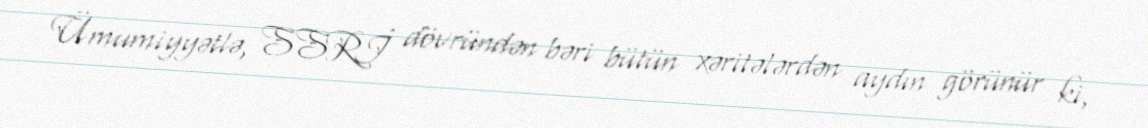
Ümumiyyətlə, SSRİ dövründən bəri bütün xəritələrdən aydın görünür ki,